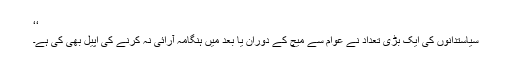
‘‘
سیاستدانوں کی ایک بڑی تعداد نے عوام سے میچ کے دوران یا بعد میں ہنگامہ آرائی نہ کرنے کی اپیل بھی کی ہے۔